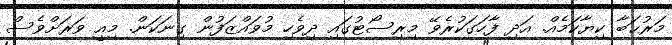
މަރުޙަބާ ކިޔާކަމެއް. އަދި ފާހަގަކުރެވޭ މިރިސޯޓުގައި ދިވެހި މުވައްޒަފުން ގިނަކަން. މިއީ ވަރަށްވެސް